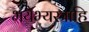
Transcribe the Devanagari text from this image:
भयैभ्यस्त्राहि